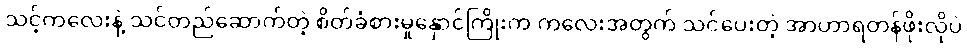
သင့်ကလေးနဲ့ သင်တည်ဆောက်တဲ့ စိတ်ခံစားမှုနှောင်ကြိုးက ကလေးအတွက် သင်ပေးတဲ့ အာဟာရတန်ဖိုးလိုပဲ